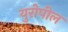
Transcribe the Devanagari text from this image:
युरोपील